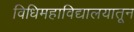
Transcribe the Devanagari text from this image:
विधिमहाविद्यालयातून